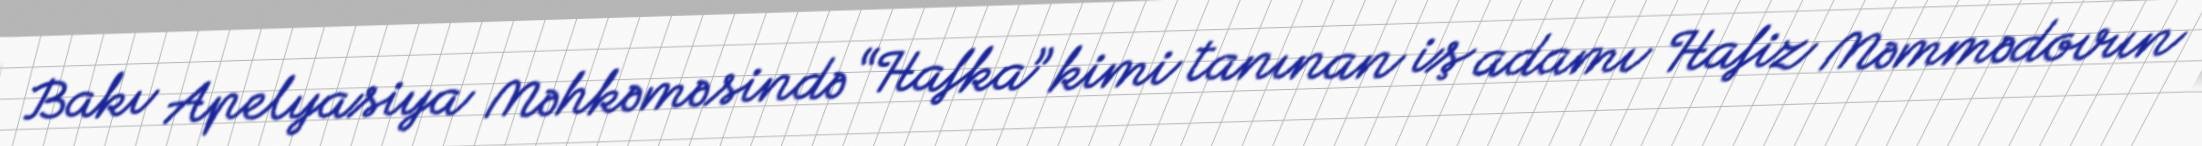
Bakı Apelyasiya Məhkəməsində “Hafka” kimi tanınan iş adamı Hafiz Məmmədovun